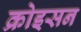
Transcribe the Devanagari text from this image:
क्रोइसन